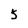
Character: 5